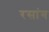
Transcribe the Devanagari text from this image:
रसांग